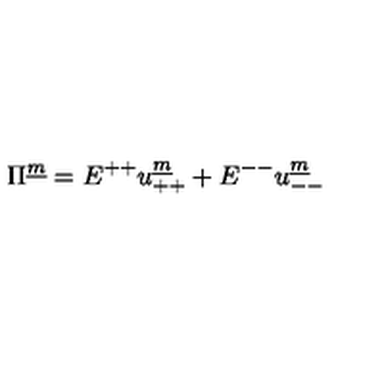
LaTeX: \Pi ^ { \underline { m } } = E ^ { + + } u _ { + + } ^ { \underline { m } } + E ^ { -- } u _ { -- } ^ { \underline { m } }